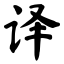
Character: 译